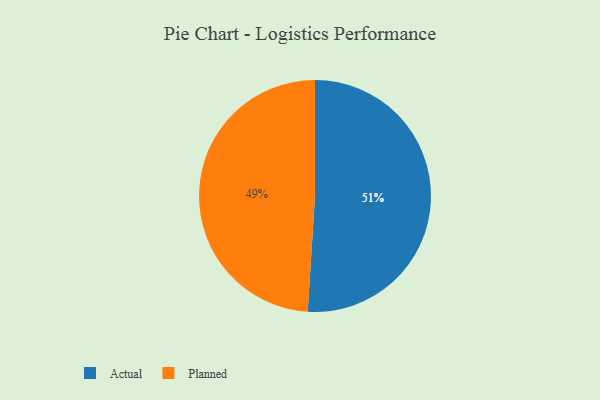
{"axis": {"x": "Category", "y": "Percentage"}, "legend": ["Actual", "Planned"], "data": [{"x": "Actual", "y": 51, "type": "Actual"}, {"x": "Planned", "y": 49, "type": "Planned"}]}